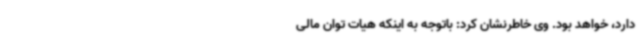
دارد، خواهد بود. وی خاطرنشان کرد: باتوجه به اینکه هیات توان مالی